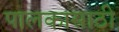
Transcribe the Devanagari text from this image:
पालकासाठी